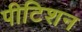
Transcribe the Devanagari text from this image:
पीटिशन